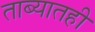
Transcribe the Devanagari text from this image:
ताब्यातही